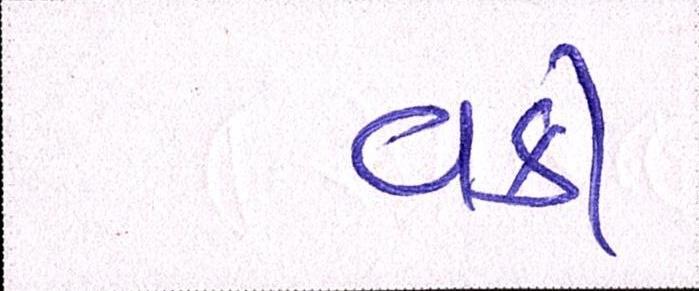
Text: વકી